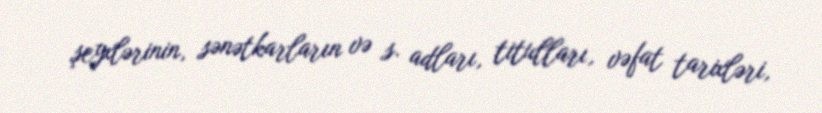
şeyxlərinin, sənətkarların və s. adları, titulları, vəfat tarixləri,